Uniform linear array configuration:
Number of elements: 32
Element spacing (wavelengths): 0.75
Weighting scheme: hann
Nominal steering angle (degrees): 45
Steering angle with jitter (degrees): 43.408
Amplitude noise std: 0.05
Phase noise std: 0.05

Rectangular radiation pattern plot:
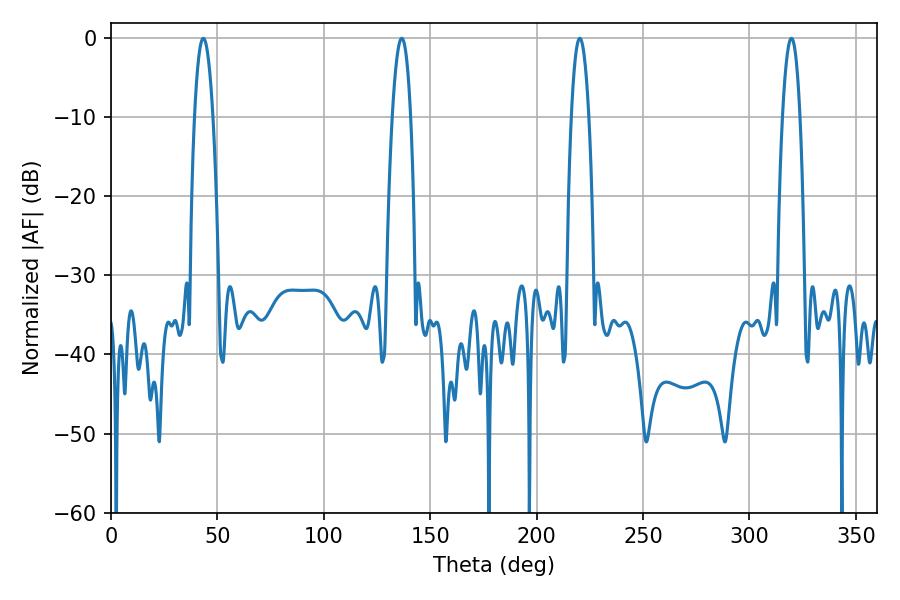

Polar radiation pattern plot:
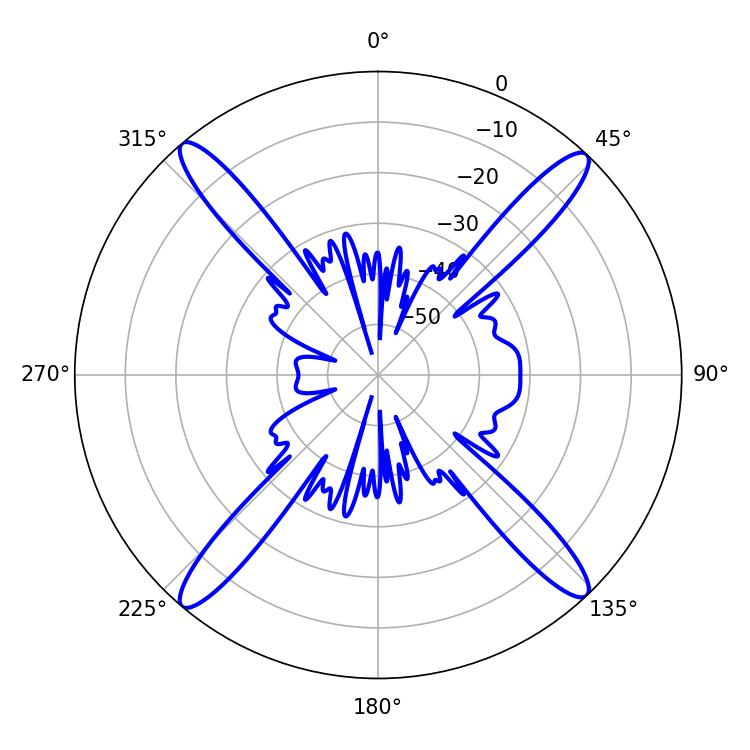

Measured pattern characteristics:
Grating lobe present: TRUE
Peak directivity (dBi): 21.782
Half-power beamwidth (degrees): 4.86
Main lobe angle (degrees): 43.38